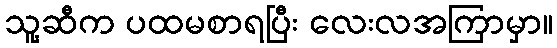
သူ့ဆီက ပထမစာရပြီး လေးလအကြာမှာ။